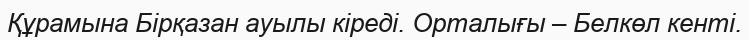
Құрамына Бірқазан ауылы кіреді. Орталығы – Белкөл кенті.